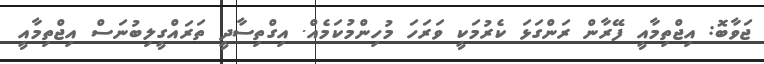
ޖަވާބޮ: އިޖްތިމާއީ ފޭރާން ރަންގަޅަ ކެރުމަކީ ވަރަހަ މުހިންމުކަމެއް. އިގްތިސާދީ ތަރައްގީލިބުނަސް އިޖްތިމާއީ